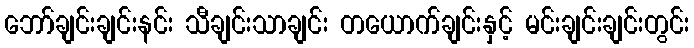
ဘော်ချင်းချင်းနင်း သီချင်းသာချင်း တယောက်ချင်းနှင့် မင်းချင်းချင်းတွင်း